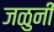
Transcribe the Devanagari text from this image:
जळुनी